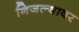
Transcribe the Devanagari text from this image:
निजल्यावर